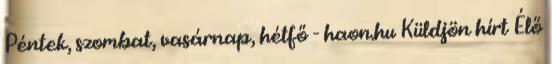
Péntek, szombat, vasárnap, hétfő - haon.hu Küldjön hírt Élő